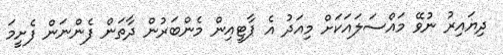
ދިޔައިރު ނުވޭ މައްސަލައަކަށް މިއަދު އެ ޕާޓީއިން މެންބަރުން ދާތަން ފެންނަން ފެށީމަ